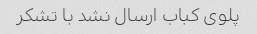
پلوی کباب ارسال نشد با تشکر